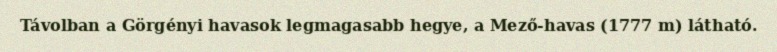
Távolban a Görgényi havasok legmagasabb hegye, a Mező-havas (1777 m) látható.